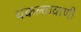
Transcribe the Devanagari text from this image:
थकल्यावाणी